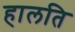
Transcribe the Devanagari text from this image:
हालति